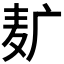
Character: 𱋈